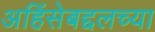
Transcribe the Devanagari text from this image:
अहिंसेबद्दलच्या